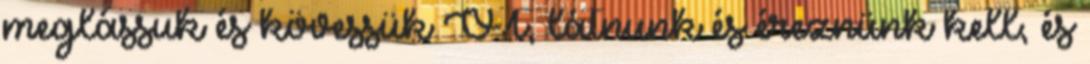
meglássuk és kövessük ŐT, látnunk és éreznünk kell, és